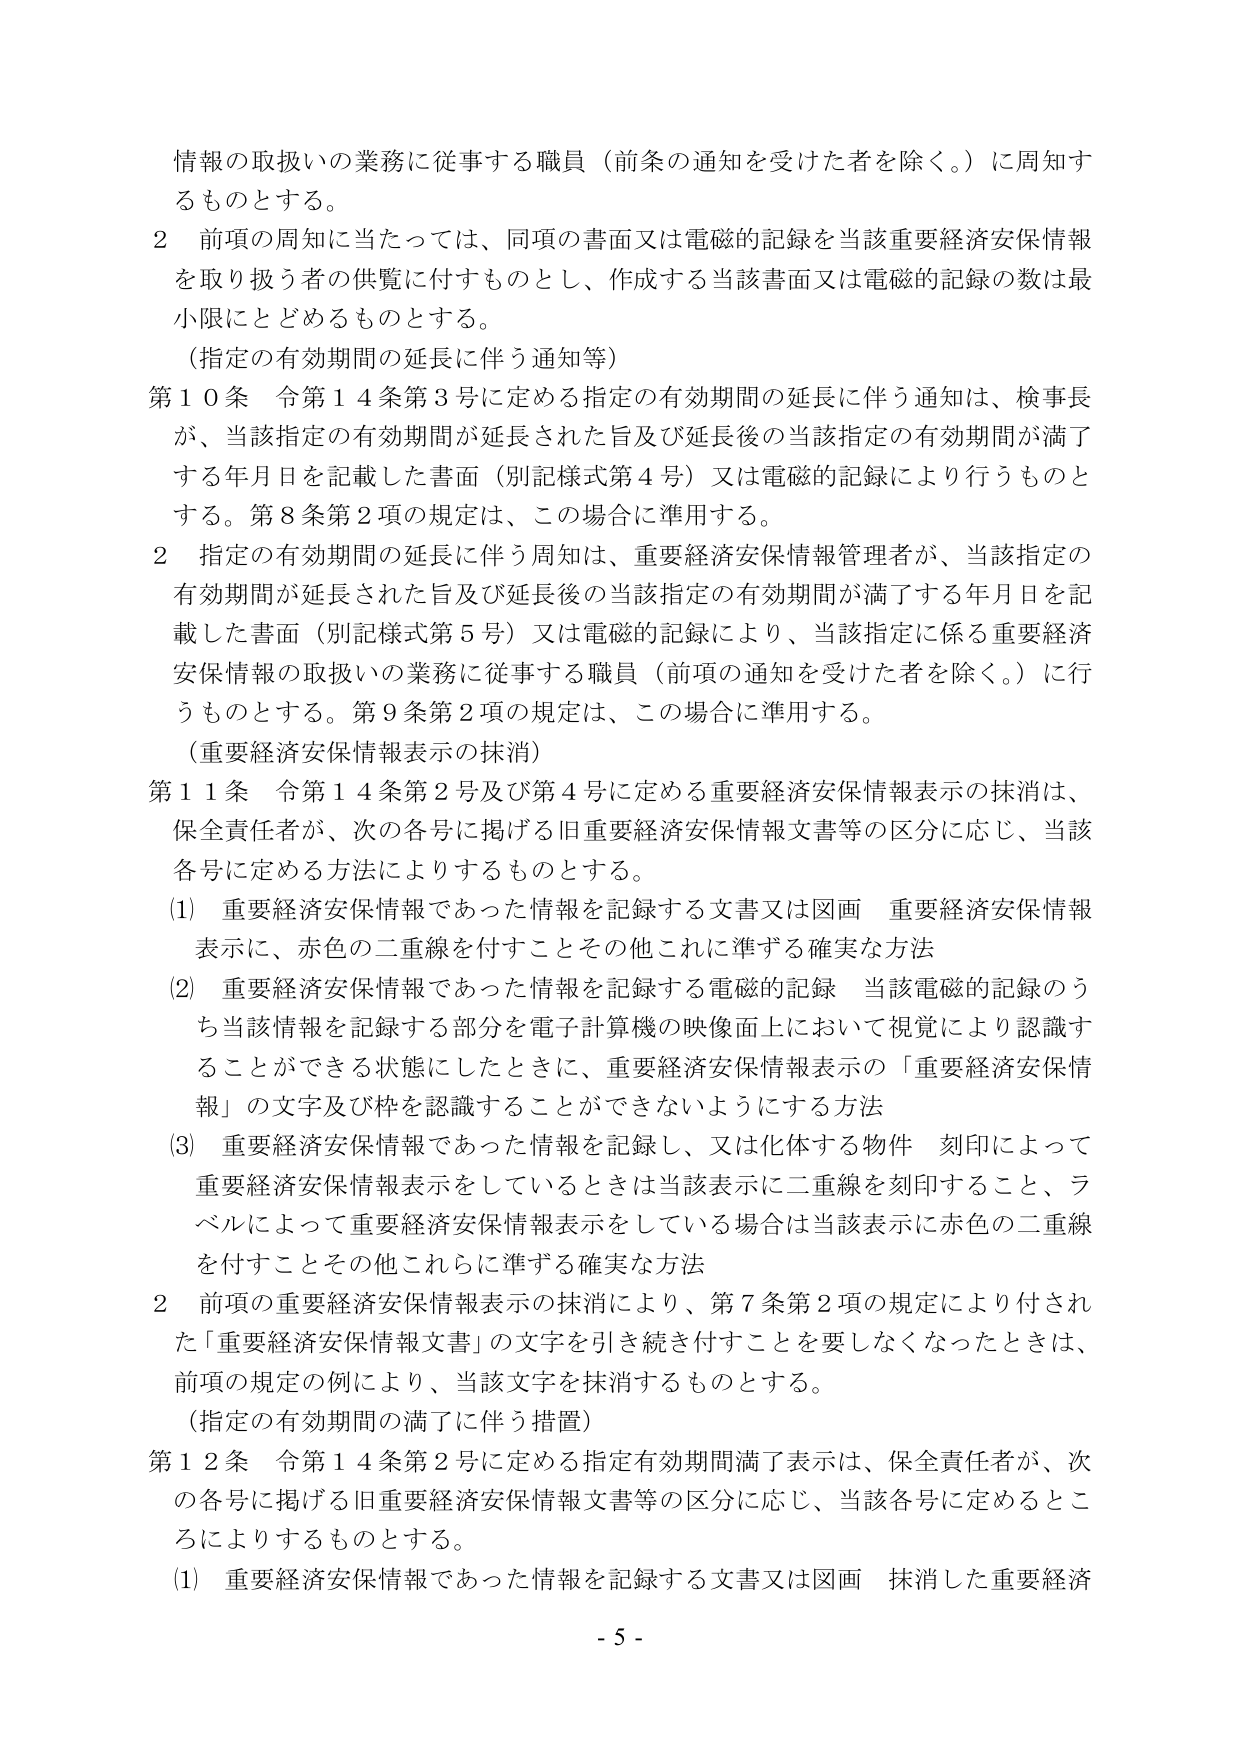
情報の取扱いの業務に従事する職員（前条の通知を受けた者を除く。）に周知するものとする。

２ 前項の周知に当たっては、同項の書面又は電磁的記録を当該重要経済安保情報を取り扱う者の供覧に付すものとし、作成する当該書面又は電磁的記録の数は最小限にとどめるものとする。

（指定の有効期間の延長に伴う通知等）

第10条 令第14条第3号に定める指定の有効期間の延長に伴う通知は、検事長が、当該指定の有効期間が延長された旨及び延長後の当該指定の有効期間が満了する年月日を記載した書面（別記様式第4号）又は電磁的記録により行うものとする。第8条第2項の規定は、この場合に準用する。

２ 指定の有効期間の延長に伴う周知は、重要経済安保情報管理者が、当該指定の有効期間が延長された旨及び延長後の当該指定の有効期間が満了する年月日を記載した書面（別記様式第5号）又は電磁的記録により、当該指定に係る重要経済安保情報の取扱いの業務に従事する職員（前項の通知を受けた者を除く。）に行うものとする。第9条第2項の規定は、この場合に準用する。

（重要経済安保情報表示の抹消）

第11条 令第14条第2号及び第4号に定める重要経済安保情報表示の抹消は、保全責任者が、次の各号に掲げる旧重要経済安保情報文書等の区分に応じ、当該各号に定める方法によりするものとする。

(1) 重要経済安保情報であった情報を記録する文書又は図画 重要経済安保情報表示に、赤色の二重線を付すことその他これに準ずる確実な方法

(2) 重要経済安保情報であった情報を記録する電磁的記録 当該電磁的記録のうち当該情報を記録する部分を電子計算機の映像面上において視覚により認識することができる状態にしたときに、重要経済安保情報表示の「重要経済安保情報」の文字及び枠を認識することができないようにする方法

(3) 重要経済安保情報であった情報を記録し、又は化体する物件 刻印によって重要経済安保情報表示をしているときは当該表示に二重線を刻印すること、ラベルによって重要経済安保情報表示をしている場合は当該表示に赤色の二重線を付すことその他これらに準ずる確実な方法

２ 前項の重要経済安保情報表示の抹消により、第7条第2項の規定により付された「重要経済安保情報文書」の文字を引き続き付すことを要しなくなったときは、前項の規定の例により、当該文字を抹消するものとする。

（指定の有効期間の満了に伴う措置）

第12条 令第14条第2号に定める指定有効期間満了表示は、保全責任者が、次の各号に掲げる旧重要経済安保情報文書等の区分に応じ、当該各号に定めるところによりするものとする。

(1) 重要経済安保情報であった情報を記録する文書又は図画 抹消した重要経済

- 5 -